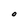
Character: O